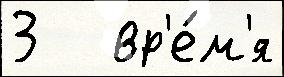
3   вр'е́м'я